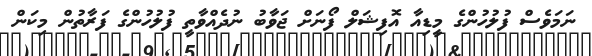
ނަމަވެސް ފުލުހުންގެ މީޑިއާ އޮފިޝަލް ފޯނަށް ޖަވާބު ނުދެއްވާތީ ފުލުހުންގެ ފަރާތުން މިކަން